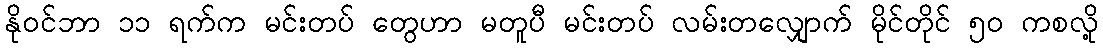
နိုဝင်ဘာ ၁၁ ရက်က မင်းတပ် တွေဟာ မတူပီ မင်းတပ် လမ်းတလျှောက် မိုင်တိုင် ၅၀ ကစလို့